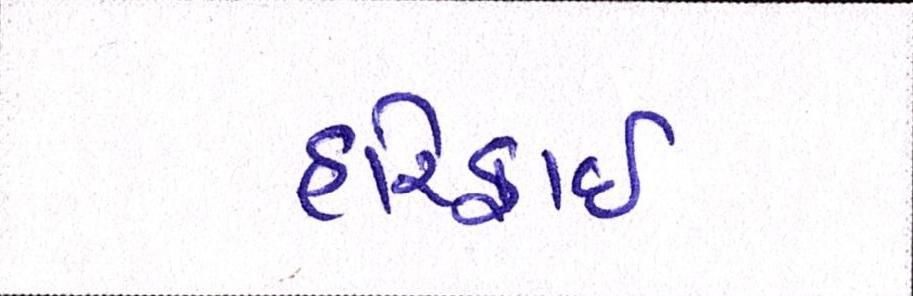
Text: હરિફાઇ